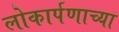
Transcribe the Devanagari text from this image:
लोकार्पणाच्या